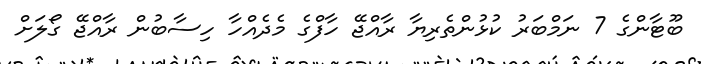
ބޫޓާންގެ 7 ނަމްބަރު ކުޅުންތެރިޔާ ރާއްޖޭ ހާފްގެ މެދެއްހާ ހިސާބުން ރާއްޖޭ ގޯލަށް